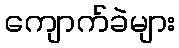
ကျောက်ခဲများ